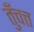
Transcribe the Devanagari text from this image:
तुँचत्त